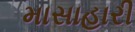
માસાહારી